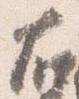
右